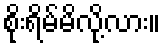
စိုးရိမ်မိလို့လား။